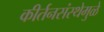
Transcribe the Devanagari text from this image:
कीर्तनसंस्थेमुळे